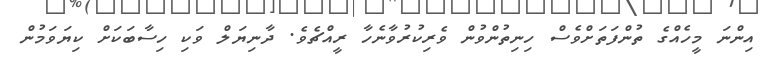
އިންނަ މީހެއްގެ ތުންފަތަށްވެސް ހިނިތުންވުން ވެރިކުރުވާނެހާ ރީއްޗެވެ. ދާނިޔަލް ވަކި ހިސާބަކަށް ކިޔަވަމުން